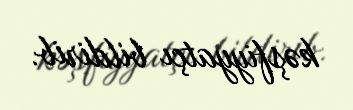
kəşfiyyatçı bildirib.